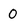
Character: 0